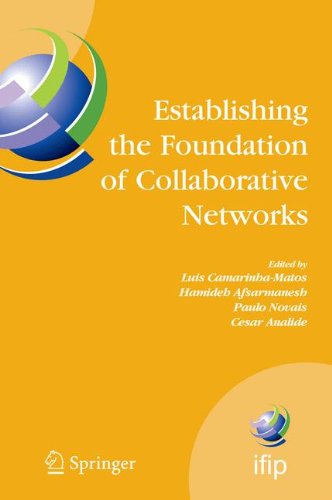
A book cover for Establishing the Foundation of Collaborative Networks: IFIP TC 5 Working Group 5.5 Eighth IFIP Working Conference on Virtual Enterprises September ... in Information and Communication Technology); Computers & Technology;